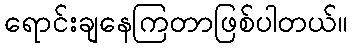
ရောင်းချနေကြတာဖြစ်ပါတယ်။